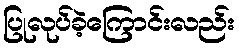
ပြုလုပ်ခဲ့ကြောင်းလည်း